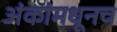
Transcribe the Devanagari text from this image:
अंकांमधूनच